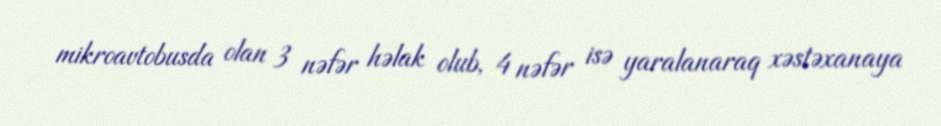
mikroavtobusda olan 3 nəfər həlak olub, 4 nəfər isə yaralanaraq xəstəxanaya